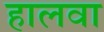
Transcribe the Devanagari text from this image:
हालवा